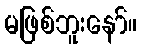
မဖြစ်ဘူးနော်။